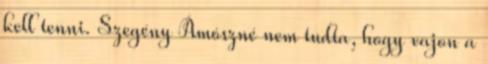
kell tenni. Szegény Ámószné nem tudta, hogy vajon a